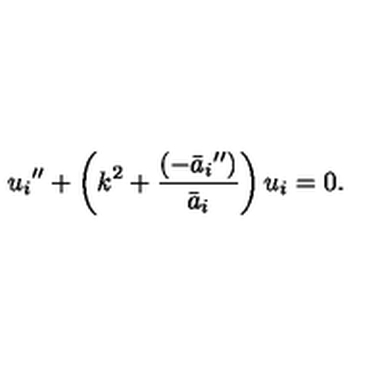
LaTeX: { u _ { i } } ^ { \prime \prime } + \left( k ^ { 2 } + \frac { ( { - \bar { a } _ { i } } ^ { \prime \prime } ) } { \bar { a } _ { i } } \right) u _ { i } = 0 .